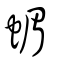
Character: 蝞